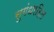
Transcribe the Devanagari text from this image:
सुगंधरहित